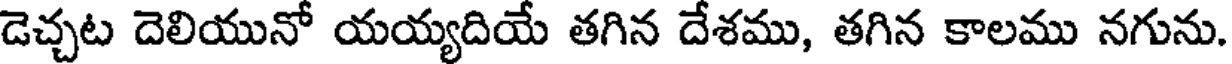
డెచ్చట దెలియునో యయ్యదియే తగిన దేశము, తగిన కాలము నగును.